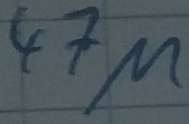
Text: 47µ